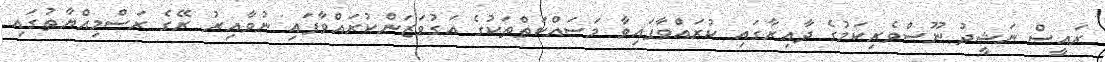
ރައީސް ނަޝީދު ނޫސްވެރިކަމުގެ ދާއިރާގައި ކުރައްވާފައިވާ މަސައްކަތްތަކުގެ އަގުވަޒަންކުރައްވާފައި ނުވާއިރު ރޭގެ ރަަސްމިއްޔާތުގައި